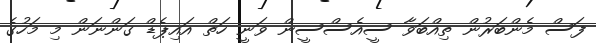
ފަސް މެންބަރުން ތިއްބަވާ ސީއެސްސީން ވަނީ ހަތް އައިޕެޑް ގަންނަން މި މަހުގެ